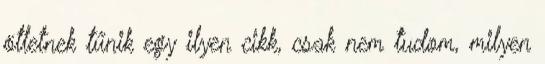
ötletnek tűnik egy ilyen cikk, csak nem tudom, milyen